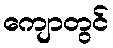
ကျောတွင်